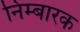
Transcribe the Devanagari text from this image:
निम्बारक